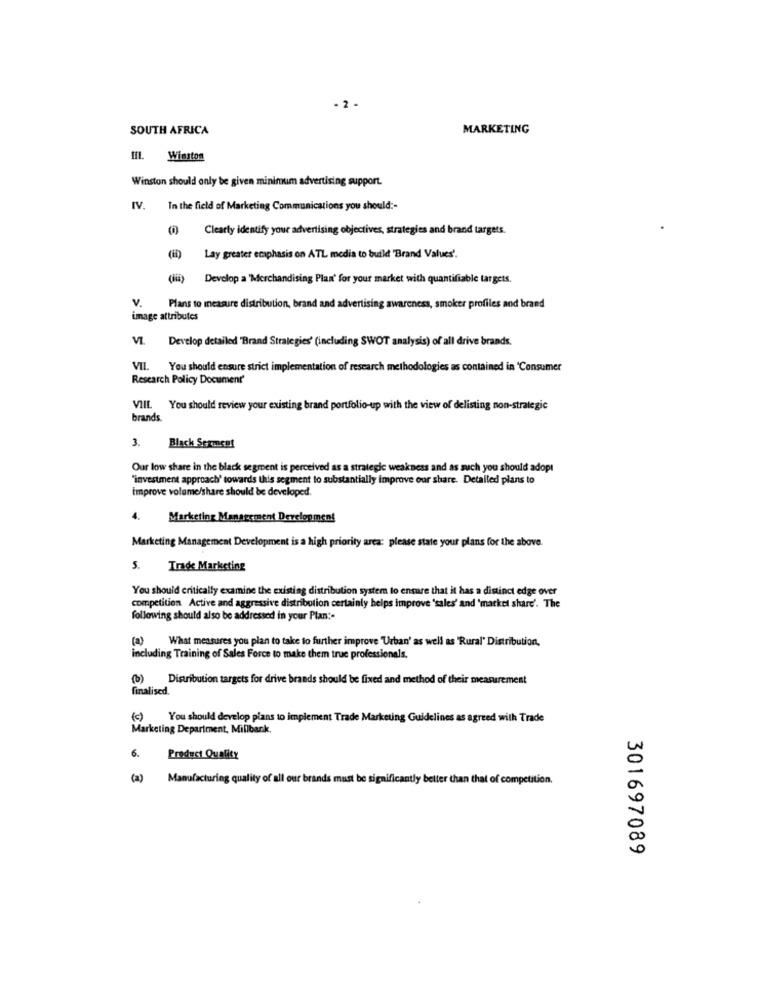
- 2-
SOUTH AFRICA
MARKETING
Winston
Winston should only be given minimum advertising support.
IV.
In the field of Marketing Communications you should :-
Clearly identify your advertising objectives, strategies and brand targets.
(ii) Lay greater emphasis on ATL media to build 'Brand Values'.
(iii) Develop a 'Merchandising Plan' for your market with quantifiable targets.
Plans to measure distribution, brand and advertising awareness, smoker profiles and brand
image attributes
5
Develop detailed 'Brand Strategies' (including SWOT analysis) of all drive brands.
VII. You should ensure strict implementation of research methodologies as contained in 'Consumer
Research Policy Document'
VIIL. You should review your existing brand portfolio-up with the view of delisting non-strategic
brands.
3.
Black Sermce!
Our low share in the black segment is perceived as a strategic weakness and as such you should adopt
"investment approach' towards this segment to substantially improve our share. Detailed plans to
improve volume/share should be developed.
4.
Marketing Management Development
Marketing Management Development is a high priority area: please state your plans for the above.
. Trade Marketing
You should critically examine the existing distribution system to ensure that it has a distinct edge over
competition. Active and aggressive distribution certainly helps improve 'sales' and 'market share'. The
following should also be addressed in your Plan :-
(a)
What measures you plan to take to further improve 'Urban' as well as 'Rural' Distribution,
including Training of Sales Force to make them true professionals.
)Distribution targets for drive brands should be fixed and method of their measurement
finalised.
) You should develop plans to implement Trade Marketing Guidelines as agreed with Trade
Marketing Department, Millbark.
6.
Product Quality
(a)
Manufacturing quality of all our brands must be significantly beller than that of competition.
301697089